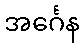
အင်္ဂေန